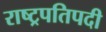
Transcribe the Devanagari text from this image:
राष्ट्रपतिपदी